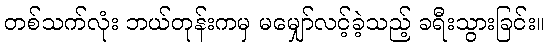
တစ်သက်လုံး ဘယ်တုန်းကမှ မမျှော်လင့်ခဲ့သည့် ခရီးသွားခြင်း။